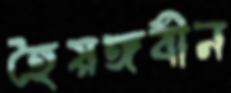
হৈয়ঙ্গবীন